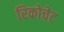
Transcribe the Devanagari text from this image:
रिकोचेट